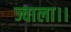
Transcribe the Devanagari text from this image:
ज्वाला।।